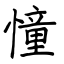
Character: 憧